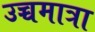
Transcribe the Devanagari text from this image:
उच्चमात्रा